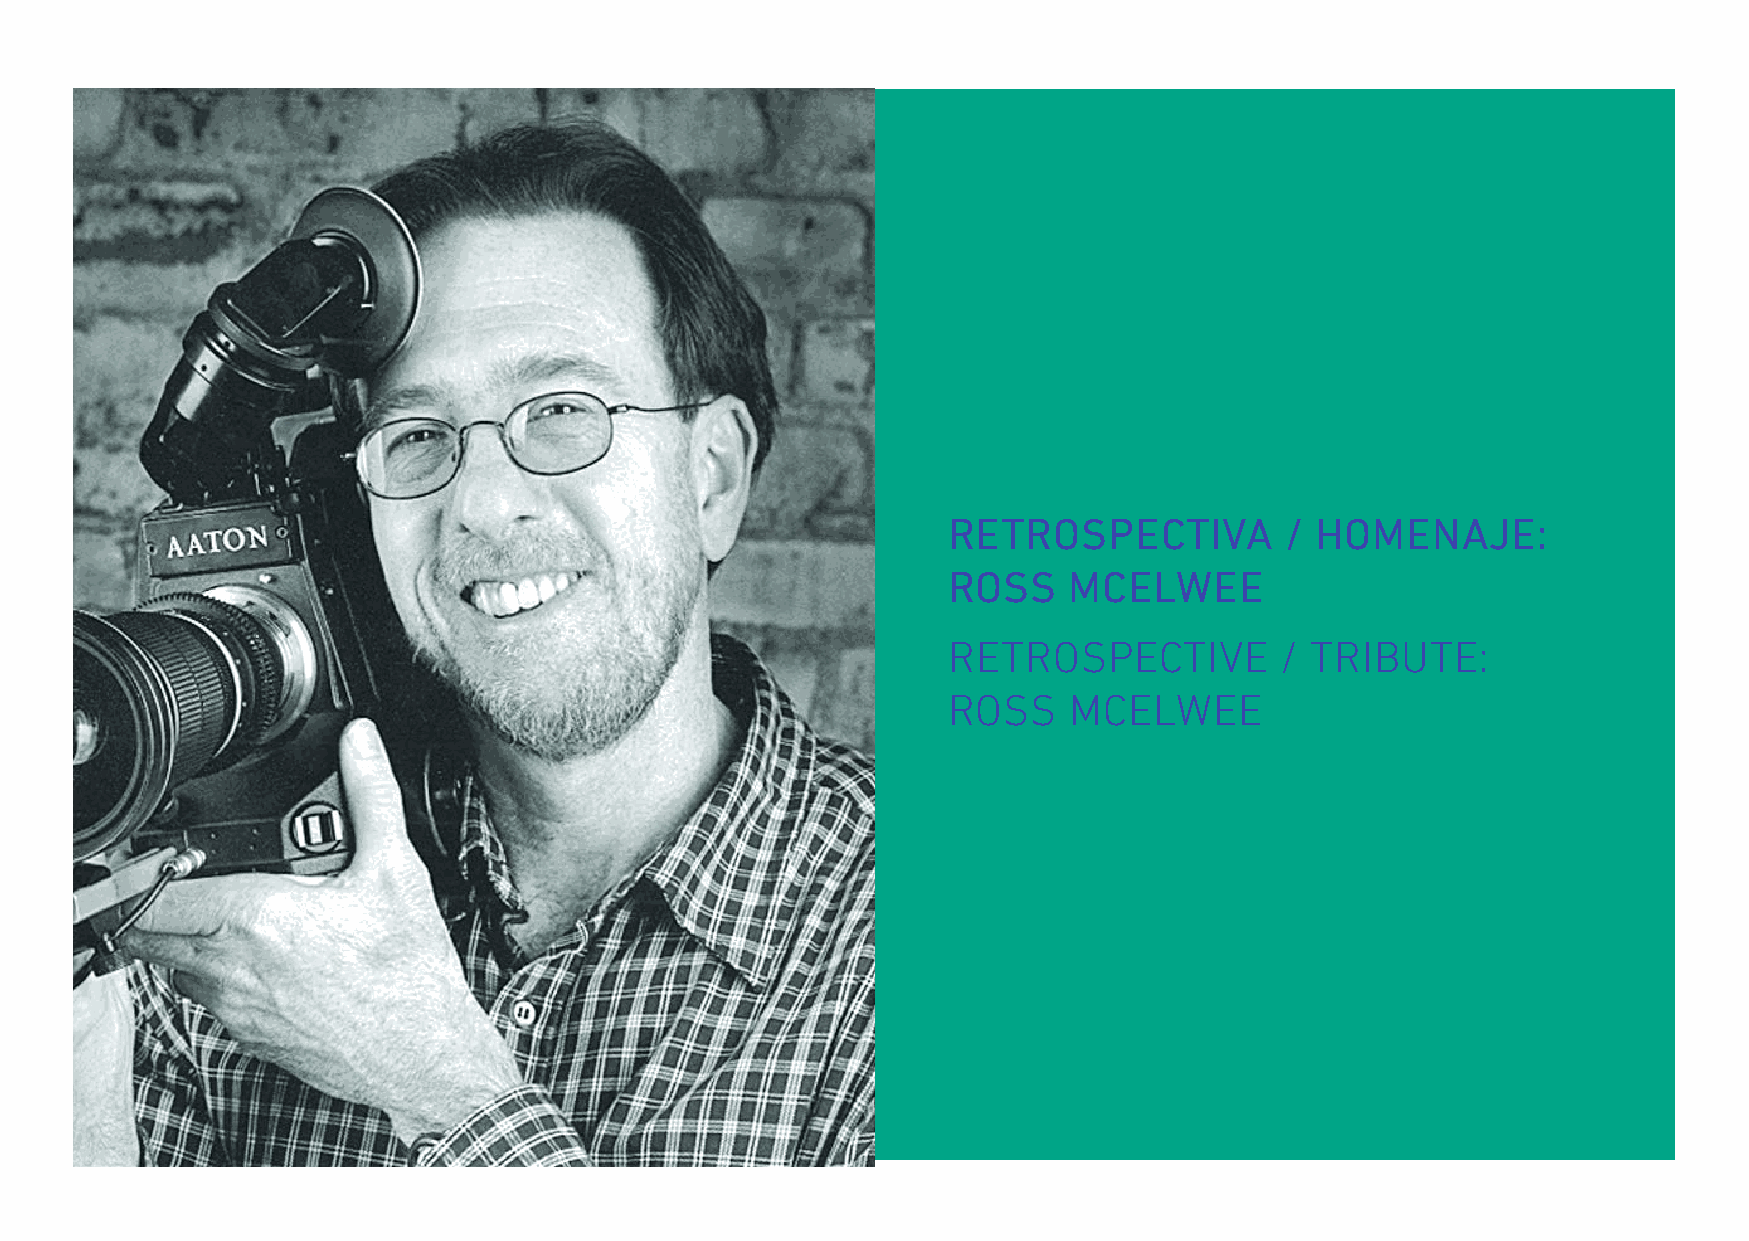
RETROSPECTIVA         / HOMENAJE:
 ROSS    MCELWEE
 RETROSPECTIVE         / TRIBUTE:
 ROSS    MCELWEE